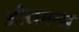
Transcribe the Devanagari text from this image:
औरागन्स